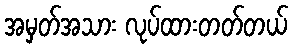
အမှတ်အသား လုပ်ထားတတ်တယ်